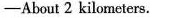
——About 2 kilometers.